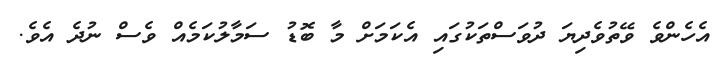
އެހެންވެ ވޭތުވެދިޔަ ދުވަސްތަކުގައި އެކަމަށް މާ ބޮޑު ސަމާލުކަމެއް ވެސް ނުދެ އެވެ.